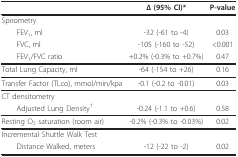
<table><thead><tr><td></td><td><b>Δ (95% CI)*</b></td><td><b>P-value</b></td></tr></thead><tbody><tr><td>Spirometry</td><td></td><td></td></tr><tr><td> FEV<sub>1</sub>, ml</td><td>-32 (-61 to -4)</td><td>0.03</td></tr><tr><td> FVC, ml</td><td>-105 (-160 to -52)</td><td>&lt;0.001</td></tr><tr><td> FEV<sub>1</sub>/FVC ratio</td><td>+0.2% (-0.3% to +0.7%)</td><td>0.47</td></tr><tr><td>Total Lung Capacity, ml</td><td>-64 (-154 to +26)</td><td>0.16</td></tr><tr><td>Transfer Factor (TLco), mmol/min/kpa</td><td>-0.1 (-0.2 to -0.01)</td><td>0.03</td></tr><tr><td>CT densitometry</td><td></td><td></td></tr><tr><td> Adjusted Lung Density<sup>†</sup></td><td>-0.24 (-1.1 to +0.6)</td><td>0.58</td></tr><tr><td>Resting O<sub>2 </sub>saturation (room air)</td><td>-0.2% (-0.3% to -0.03%)</td><td>0.02</td></tr><tr><td>Incremental Shuttle Walk Test</td><td></td><td></td></tr><tr><td> Distance Walked, meters</td><td>-12 (-22 to -2)</td><td>0.02</td></tr></tbody></table>